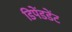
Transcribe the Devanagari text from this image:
डिपेंडडेंट